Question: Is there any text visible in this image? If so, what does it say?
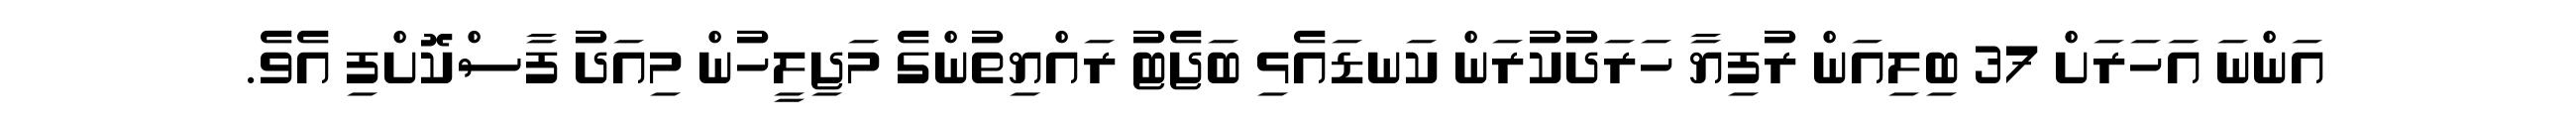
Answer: އަންނަ އަހަރަށް 37 ބިލިއަން ރުފިޔާ ހަރަދުކުރަން ކަނޑައެޅި ބަޖެޓު ރައްޔިތުންގެ މަޖިލީހުން މިއަދު ފާސްކޮށްފި އެވެ.